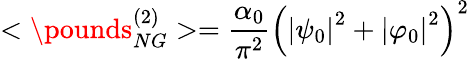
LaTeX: <{\pounds}_{NG}^{(2)}>=\frac{\alpha_{0}}{\pi^{2}}\left(\left|\psi_{0}\right|^{2}+\left|\varphi_{0}\right|^{2}\right)^{2}